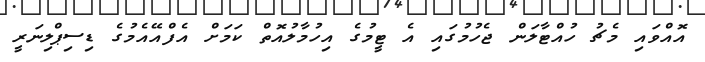
އޮއްވައި މެޗު ހުއްޓާލަން ޖެހުމުގައި އެ ޓީމުގެ އިހުމާލުއޮތް ކަމަށް އެފްއޭއެމުގެ ޑިސިޕްލިނަރީ